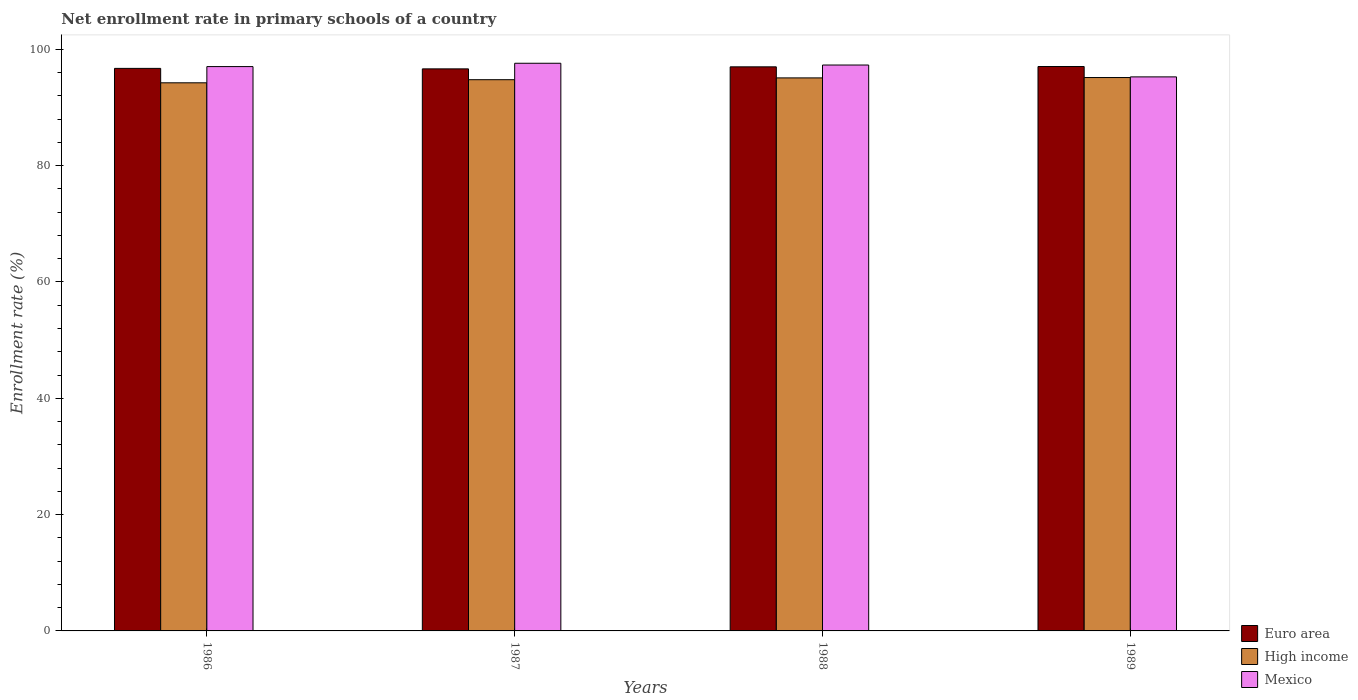
| Years | Euro area | High income | Mexico |
 | --- | --- | --- | --- |
 | 1986 | 96.7 | 94.2 | 97 |
 | 1987 | 96.6 | 94.8 | 97.6 |
 | 1988 | 97 | 95.1 | 97.3 |
 | 1989 | 97 | 95.2 | 95.3 |